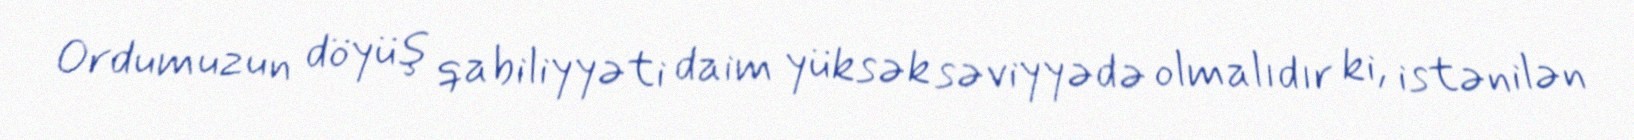
Ordumuzun döyüş qabiliyyəti daim yüksək səviyyədə olmalıdır ki, istənilən